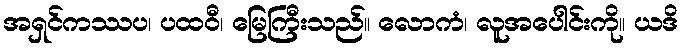
အရှင်ကဿပ၊ ပထဝီ၊ မြေကြီးသည်။ လောကံ၊ လူအပေါင်းကို။ ယဒိ